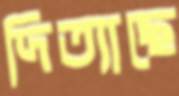
দিত্যাছে